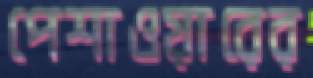
পেশাওয়ারের